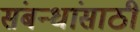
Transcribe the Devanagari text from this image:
संबन्धांसाठी